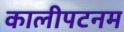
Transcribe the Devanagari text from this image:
कालीपटनम